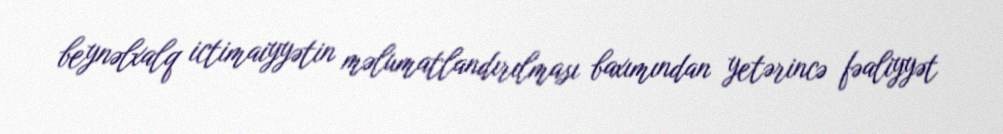
beynəlxalq ictimaiyyətin məlumatlandırılması baxımından yetərincə fəaliyyət